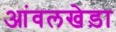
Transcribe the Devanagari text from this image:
आंवलखेड़ा